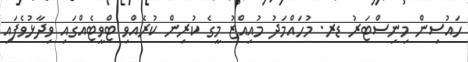
ހައުސިން މިނިސްޓަރު ޑރ. މުހައްމަދު މުއިއްޒު މީގެ ކުރިން ކުރެއްވި ޓްވީޓެއްގައި ވިދާޅުވެފައި